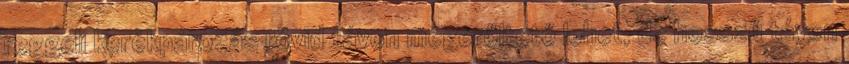
reggeli kerékpározás rövid távon megerőltető lehet, de hosszú távon